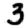
Digit: 3